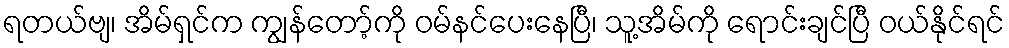
ရတယ်ဗျ၊ အိမ်ရှင်က ကျွန်တော့်ကို ဝမ်နင်ပေးနေပြီ၊ သူ့အိမ်ကို ရောင်းချင်ပြီ ဝယ်နိုင်ရင်